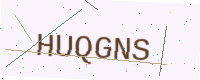
Text: HUQGNS